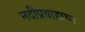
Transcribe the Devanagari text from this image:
नदीप्रवाहाचा